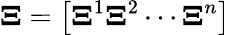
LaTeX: \boldsymbol\Xi=\left[\boldsymbol\Xi^{1}\boldsymbol\Xi^{2}\cdots\boldsymbol\Xi^{n}\right]